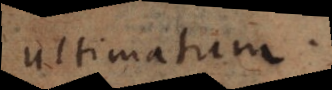
ultimatum.